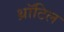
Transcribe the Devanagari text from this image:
थ्रॉटिल